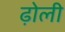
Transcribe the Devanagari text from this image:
ढ़ोली